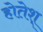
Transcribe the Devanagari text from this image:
होतेश्